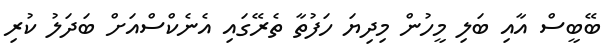
ބޭބީސް އާއި ބަލި މީހުން މިދިޔަ ހަފުތާ ތެރޭގައި އެނެކްސްއަށް ބަދަލު ކުރި